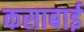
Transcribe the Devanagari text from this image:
कसाबाई